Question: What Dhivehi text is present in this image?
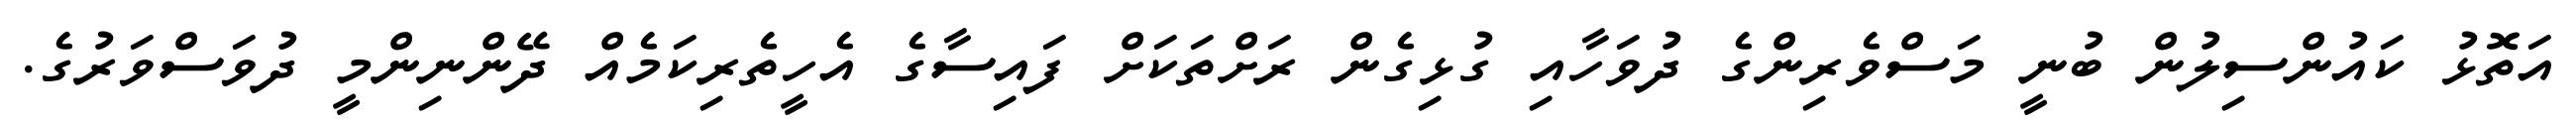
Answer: އަތޮޅު ކައުންސިލުން ބުނީ މަސްވެރިންގެ ދުވަހާއި ގުޅިގެން ރަށްތަކަށް ފައިސާގެ އެހީތެރިކަމެއް ދޭންނިންމީ ދުވަސްވަރުގެ.